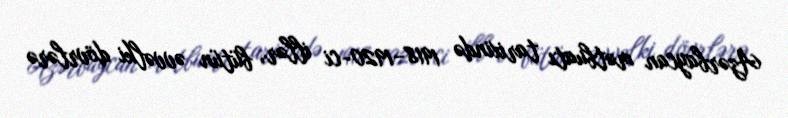
Azərbaycan mətbuatı tarixində 1918–1920-ci illər, bütün əvvəlki dövrlərə